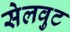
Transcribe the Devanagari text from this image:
सेलवुट